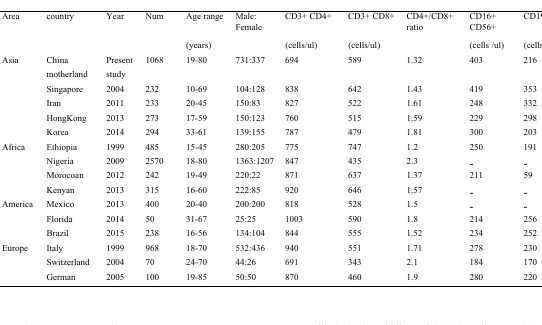
<table><thead><tr><td><b>Area</b></td><td><b>country</b></td><td><b>Year</b></td><td><b>Num</b></td><td><b>Age range</b></td><td><b>Male: Female</b></td><td><b>CD3+ CD4+</b></td><td><b>CD3+ CD8+</b></td><td><b>CD4+/CD8+ ratio</b></td><td><b>CD16+CD56+</b></td><td><b>CD19+</b></td></tr><tr><td></td><td></td><td></td><td></td><td><b>(years)</b></td><td></td><td><b>(cells/ul)</b></td><td><b>(cells/ul)</b></td><td></td><td><b>(cells /ul)</b></td><td><b>(cells /ul)</b></td></tr></thead><tbody><tr><td>Asia</td><td>China</td><td>Present</td><td>1068</td><td>19-80</td><td>731:337</td><td>694</td><td>589</td><td>1.32</td><td>403</td><td>216</td></tr><tr><td></td><td>motherland</td><td>study</td><td></td><td></td><td></td><td></td><td></td><td></td><td></td><td></td></tr><tr><td></td><td>Singapore</td><td>2004</td><td>232</td><td>10-69</td><td>104:128</td><td>838</td><td>642</td><td>1.43</td><td>419</td><td>353</td></tr><tr><td></td><td>Iran</td><td>2011</td><td>233</td><td>20-45</td><td>150:83</td><td>827</td><td>522</td><td>1.61</td><td>248</td><td>332</td></tr><tr><td></td><td>HongKong</td><td>2013</td><td>273</td><td>17-59</td><td>150:123</td><td>760</td><td>515</td><td>1.59</td><td>229</td><td>298</td></tr><tr><td></td><td>Korea</td><td>2014</td><td>294</td><td>33-61</td><td>139:155</td><td>787</td><td>479</td><td>1.81</td><td>300</td><td>203</td></tr><tr><td>Africa</td><td>Ethiopia</td><td>1999</td><td>485</td><td>15-45</td><td>280:205</td><td>775</td><td>747</td><td>1.2</td><td>250</td><td>191</td></tr><tr><td></td><td>Nigeria</td><td>2009</td><td>2570</td><td>18-80</td><td>1363:1207</td><td>847</td><td>435</td><td>2.3</td><td>-</td><td>-</td></tr><tr><td></td><td>Morocoan</td><td>2012</td><td>242</td><td>19-49</td><td>220:22</td><td>871</td><td>637</td><td>1.37</td><td>211</td><td>59</td></tr><tr><td></td><td>Kenyan</td><td>2013</td><td>315</td><td>16-60</td><td>222:85</td><td>920</td><td>646</td><td>1.57</td><td>-</td><td>-</td></tr><tr><td>America</td><td>Mexico</td><td>2013</td><td>400</td><td>20-40</td><td>200:200</td><td>818</td><td>528</td><td>1.5</td><td>-</td><td>-</td></tr><tr><td></td><td>Florida</td><td>2014</td><td>50</td><td>31-67</td><td>25:25</td><td>1003</td><td>590</td><td>1.8</td><td>214</td><td>256</td></tr><tr><td></td><td>Brazil</td><td>2015</td><td>238</td><td>16-56</td><td>134:104</td><td>844</td><td>555</td><td>1.52</td><td>234</td><td>252</td></tr><tr><td>Europe</td><td>Italy</td><td>1999</td><td>968</td><td>18-70</td><td>532:436</td><td>940</td><td>551</td><td>1.71</td><td>278</td><td>230</td></tr><tr><td></td><td>Switzerland</td><td>2004</td><td>70</td><td>24-70</td><td>44:26</td><td>691</td><td>343</td><td>2.1</td><td>184</td><td>170</td></tr><tr><td></td><td>German</td><td>2005</td><td>100</td><td>19-85</td><td>50:50</td><td>870</td><td>460</td><td>1.9</td><td>280</td><td>220</td></tr></tbody></table>